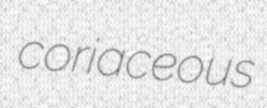
coriaceous